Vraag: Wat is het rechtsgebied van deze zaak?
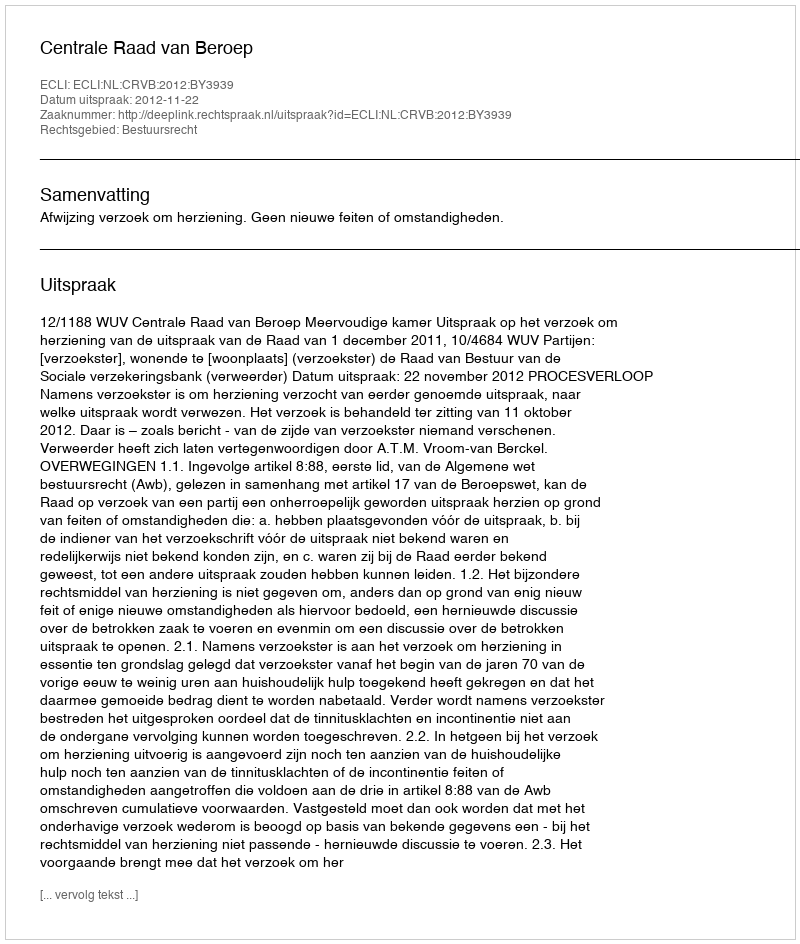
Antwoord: Bestuursrecht